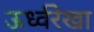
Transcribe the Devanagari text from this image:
ऊर्ध्वरेखा